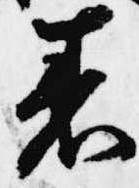
着